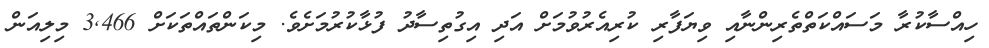
ހިއްސާކުރާ މަސައްކަތްތެރިންނާއި ވިޔަފާރި ކުރިއެރުވުމަށް އަދި އިގުތިސާދު ފުޅާކުރުމަށެވެ. މިކަންތައްތަކަށް 3